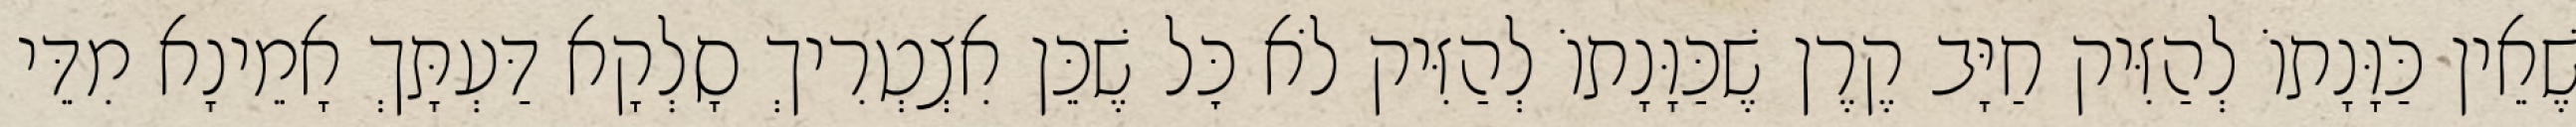
שֶׁאֵין כַּוָּנָתוֹ לְהַזִּיק חַיָּב קֶרֶן שֶׁכַּוָּנָתוֹ לְהַזִּיק לֹא כׇּל שֶׁכֵּן אִצְטְרִיךְ סָלְקָא דַּעְתָּךְ אָמֵינָא מִדֵּי